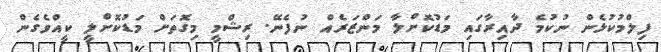
ފިލްމުކުޅެން ނުކުމެ ދާއިރާގައި މަޑުކޮށްލާ މަންޒަރެއް ނުފެނޭ. ރިޝްމީ މިގޮތަށް މަޑުކޮށްލީ ކީއްވެގެން